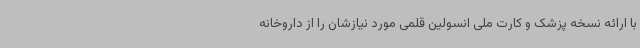
با ارائه نسخه پزشک و کارت ملی انسولین قلمی مورد نیازشان را از داروخانه